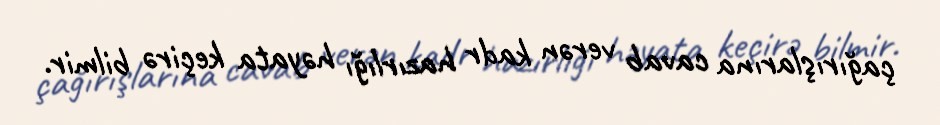
çağırışlarına cavab verən kadr hazırlığı həyata keçirə bilmir.